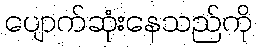
ပျောက်ဆုံးနေသည်ကို